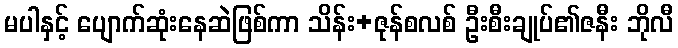
မပါနှင့် ပျောက်ဆုံးနေဆဲဖြစ်ကာ သိန်း+ဇုန်စလစ် ဦးစီးချုပ်၏ဇနီး ဘိုလီ